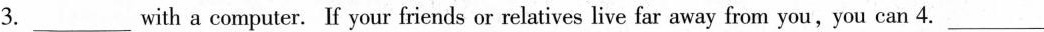
3.___with a computer. If your friends or relatives live far away from you,you can 4.___